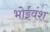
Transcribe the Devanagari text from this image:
भोईवंश